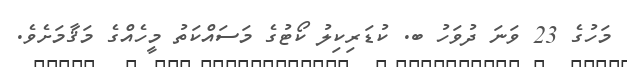
މަހުގެ 23 ވަނަ ދުވަހު ބ. ކުޑަރިކިލު ކޯޓުގެ މަސައްކަތު މީހެއްގެ މަޤާމަށެވެ.